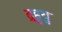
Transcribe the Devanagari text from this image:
द्रहुयु